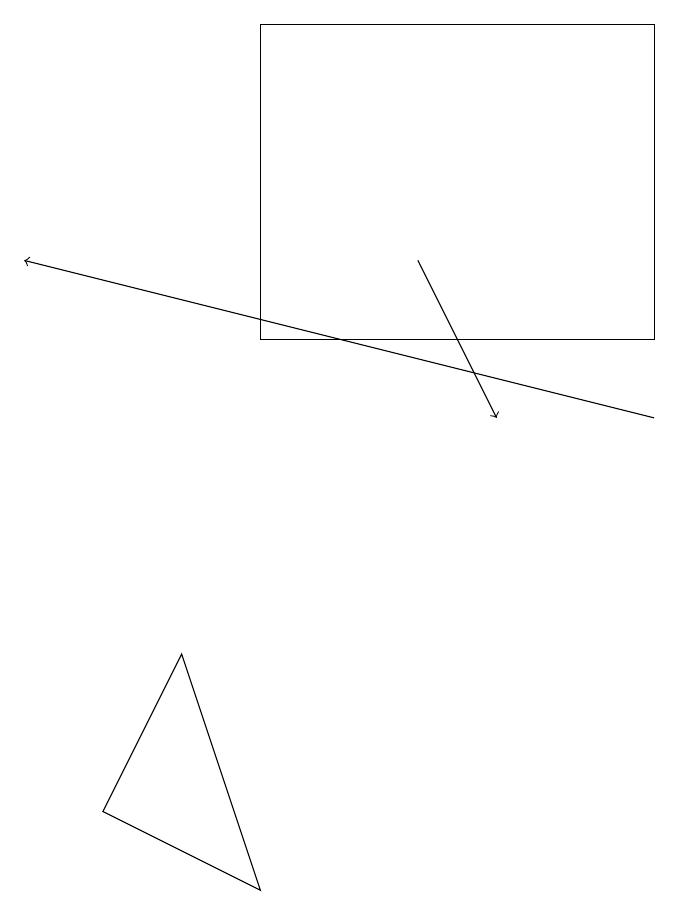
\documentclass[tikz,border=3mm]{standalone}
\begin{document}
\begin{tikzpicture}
\draw[->] (9,10) -- (1,12);
\draw (9,11) rectangle (4,15);
\draw[->] (6,12) -- (7,10);
\draw (2,5) -- (4,4) -- (3,7) -- cycle;
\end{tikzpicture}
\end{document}